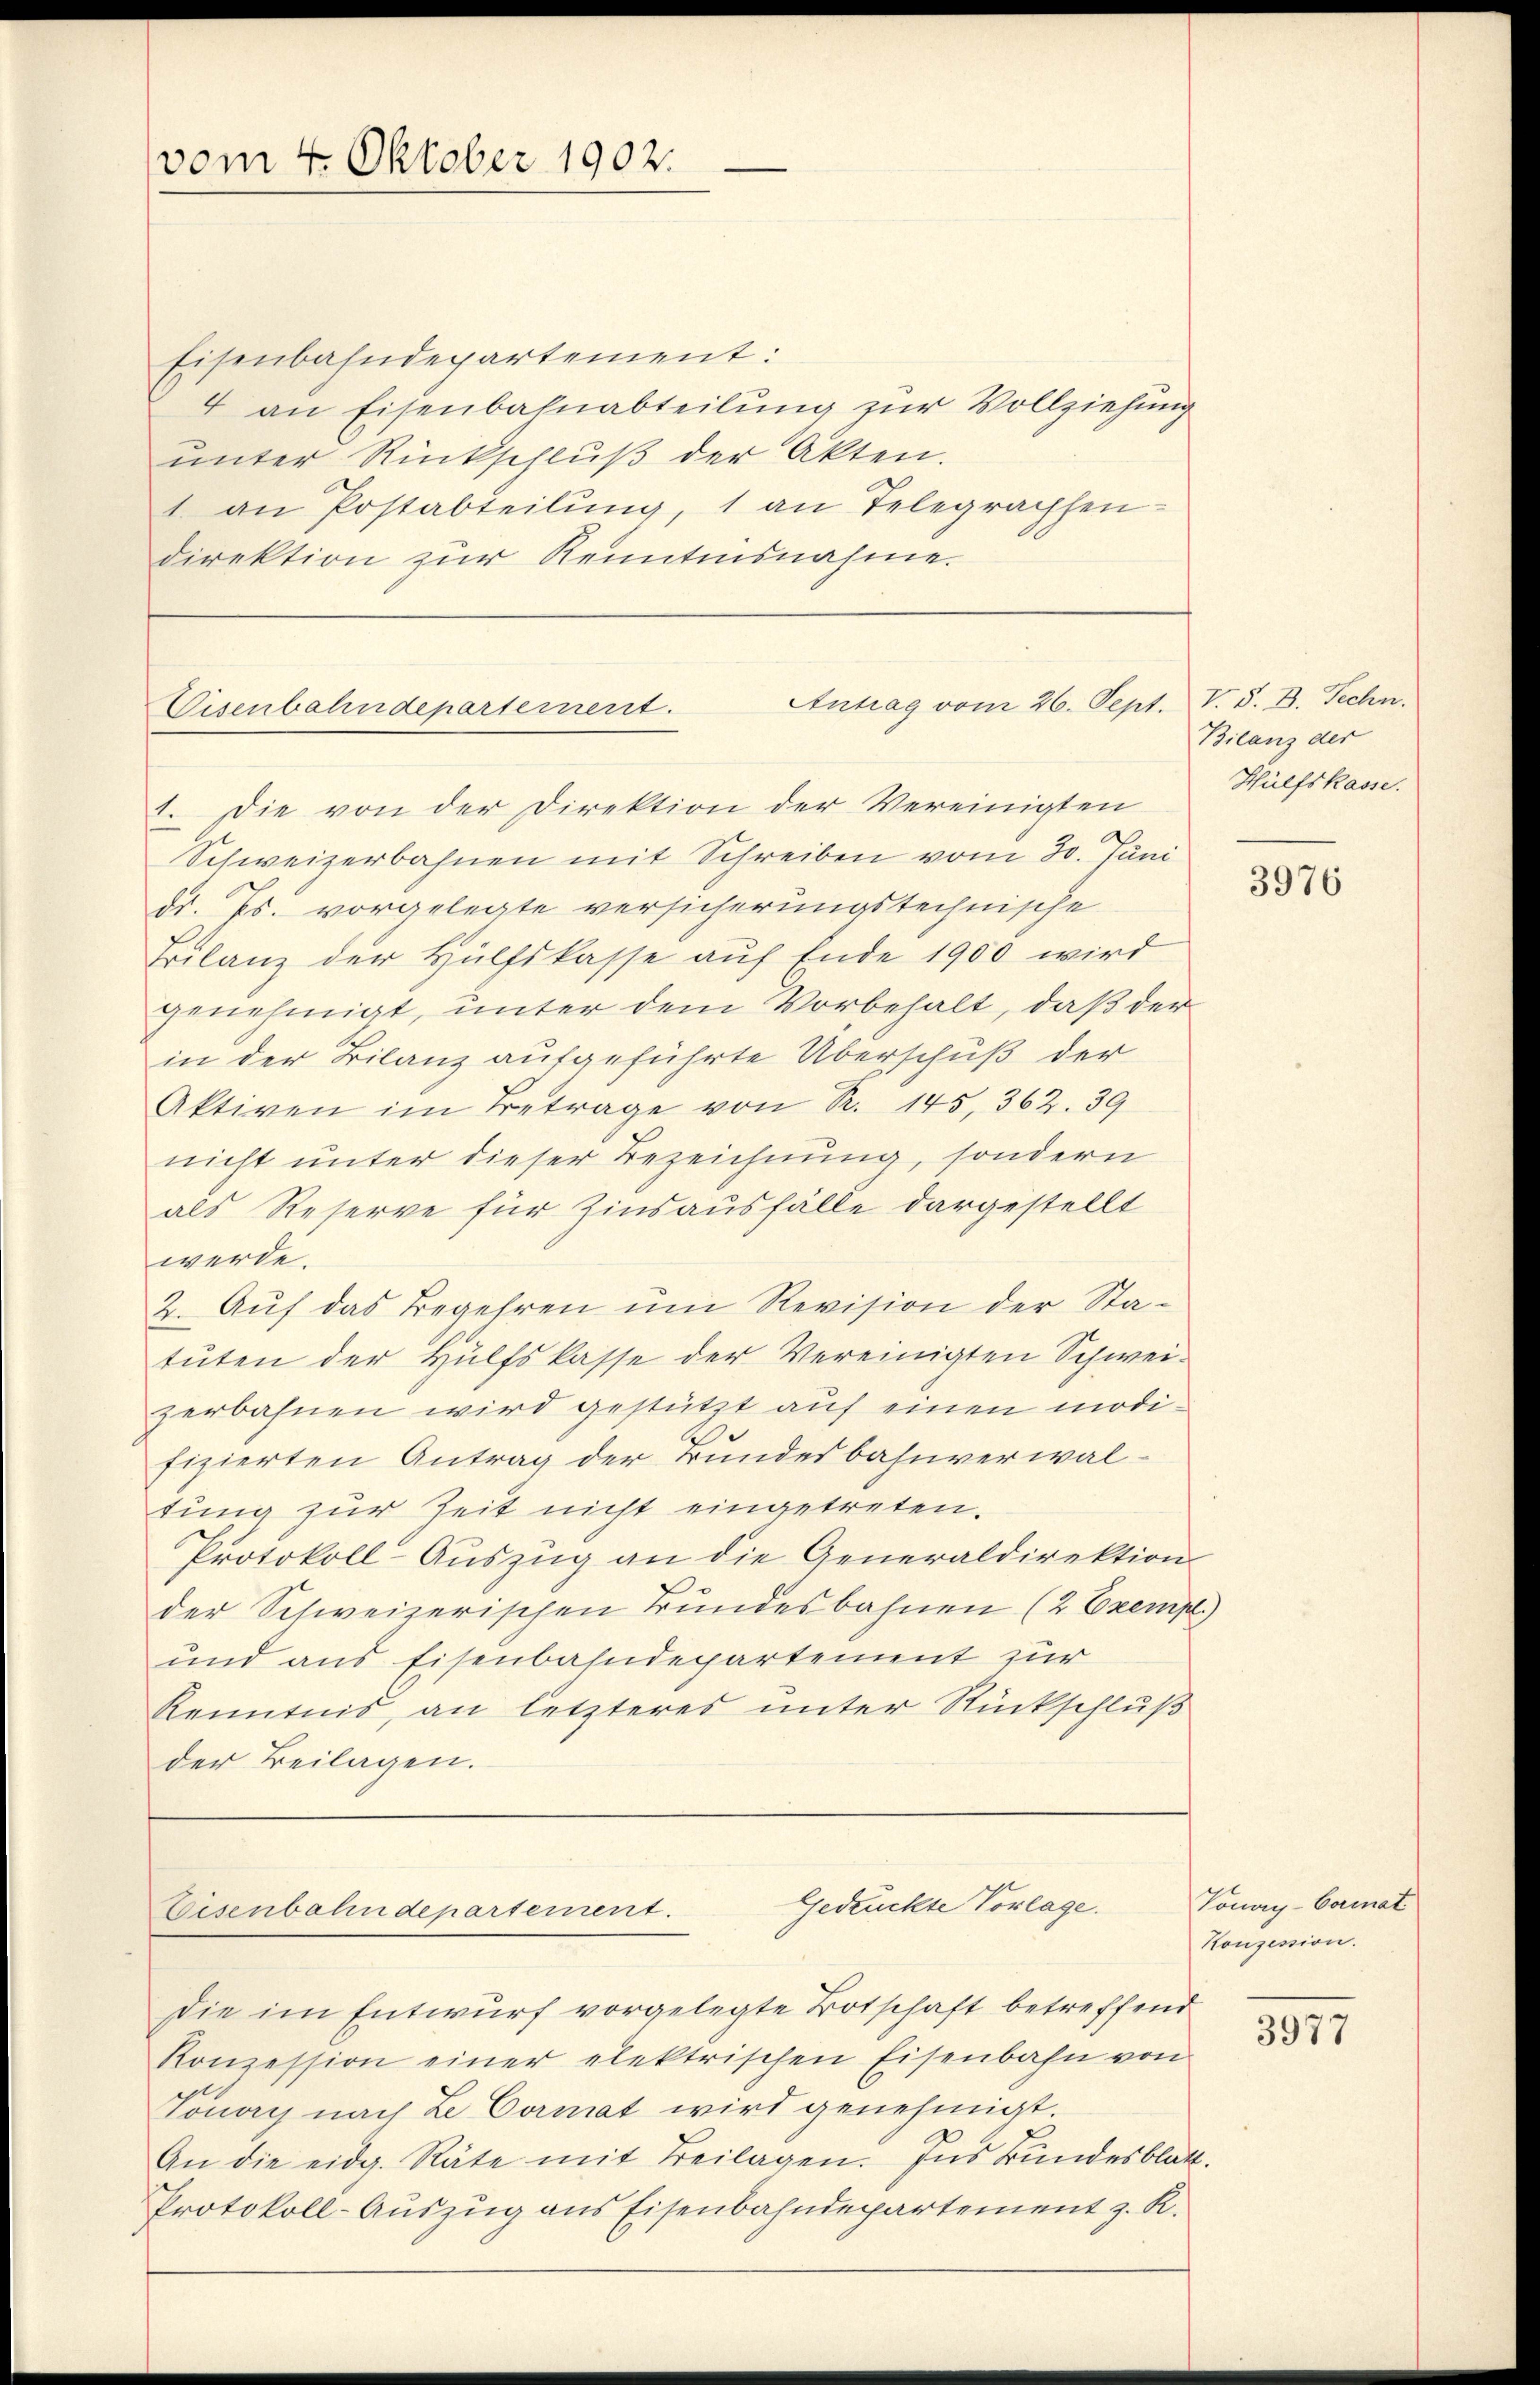
Eisenbahndepartement:
4 an Eisenbahnabteilung zur Vollziehung
unter Rückschluß der Akten.
1. an Postabteilung, 1 an Telegraphen-
direktion zur Kenntnisnahme.

vom 4. Oktober 1902.

Antrag vom 26. Sept. V. S. B. Techn.
Wisenbahndepartement.
1. Die von der Direktion der Vereinigten

Gedruckte Vorlage.
Eisenbahndepartement.
Die im Entwurf vorgelegte Botschaft betreffend

Konzession einer elektrischen Eisenbahn von
Tonay nach Le Cormat wird genehmigt.
An die eidg. Räte mit Beilagen. Ins Bundesblatt.
Protokoll-Auszug aus Eisenbahndepartement z. R.

Schweizerbahnen mit Schreiben vom 30. Juni
Dr. Js. vorgelegte versicherungstechnische
Bilanz der Hülfskasse auf Ende 1900 wird
genehmigt, unter dem Vorbehalt, daß der
in der Bilanz aufgeführte Überschuß der
Aktiven im Betrage von R. 145, 362. 39
nicht unter dieser Bezeichnung, sondern
als Reserve für Zinsausfälle dargestellt
werde.
2. Auf das Begehren um Revision der Statuten der Hülfskasse der Vereinigten Schweizerbahnen wird gestützt auf einen modifizierten Antrag der Bundesbahnverwaltung zur Zeit nicht eingetreten.
Protokoll-Auszug an die Generaldirektion
der Schweizerischen Bundesbahnen (2 Exempl.)
und aus Eisenbahndepartement zur
Kenntnis, an letzteres unter Rückschluß
der Beilagen.

Bilanz der
Hülfskasse.

3976

Tonay-Comat
Konzession.

3977